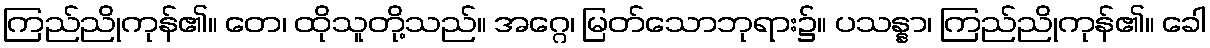
ကြည်ညိုကုန်၏။ တေ၊ ထိုသူတို့သည်။ အဂ္ဂေ၊ မြတ်သောဘုရား၌။ ပသန္နာ၊ ကြည်ညိုကုန်၏။ ခေါ